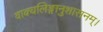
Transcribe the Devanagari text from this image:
वाक्यलिङ्गानुशासनम्।